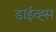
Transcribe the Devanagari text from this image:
डाईव्ह्स